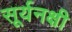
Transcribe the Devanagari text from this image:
सूर्यनक्षी